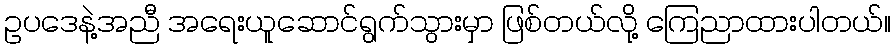
ဥပဒေနဲ့အညီ အရေးယူဆောင်ရွက်သွားမှာ ဖြစ်တယ်လို့ ကြေညာထားပါတယ်။